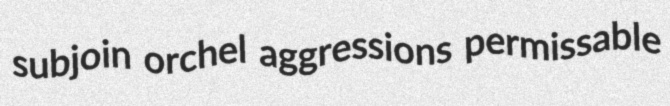
subjoin orchel aggressions permissable